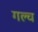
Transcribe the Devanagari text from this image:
गल्च